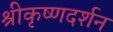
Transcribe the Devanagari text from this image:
श्रीकृष्णदर्शन